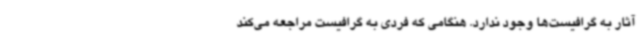
آثار به گرافیست‌ها وجود ندارد. هنگامی که فردی به گرافیست مراجعه می‌کند